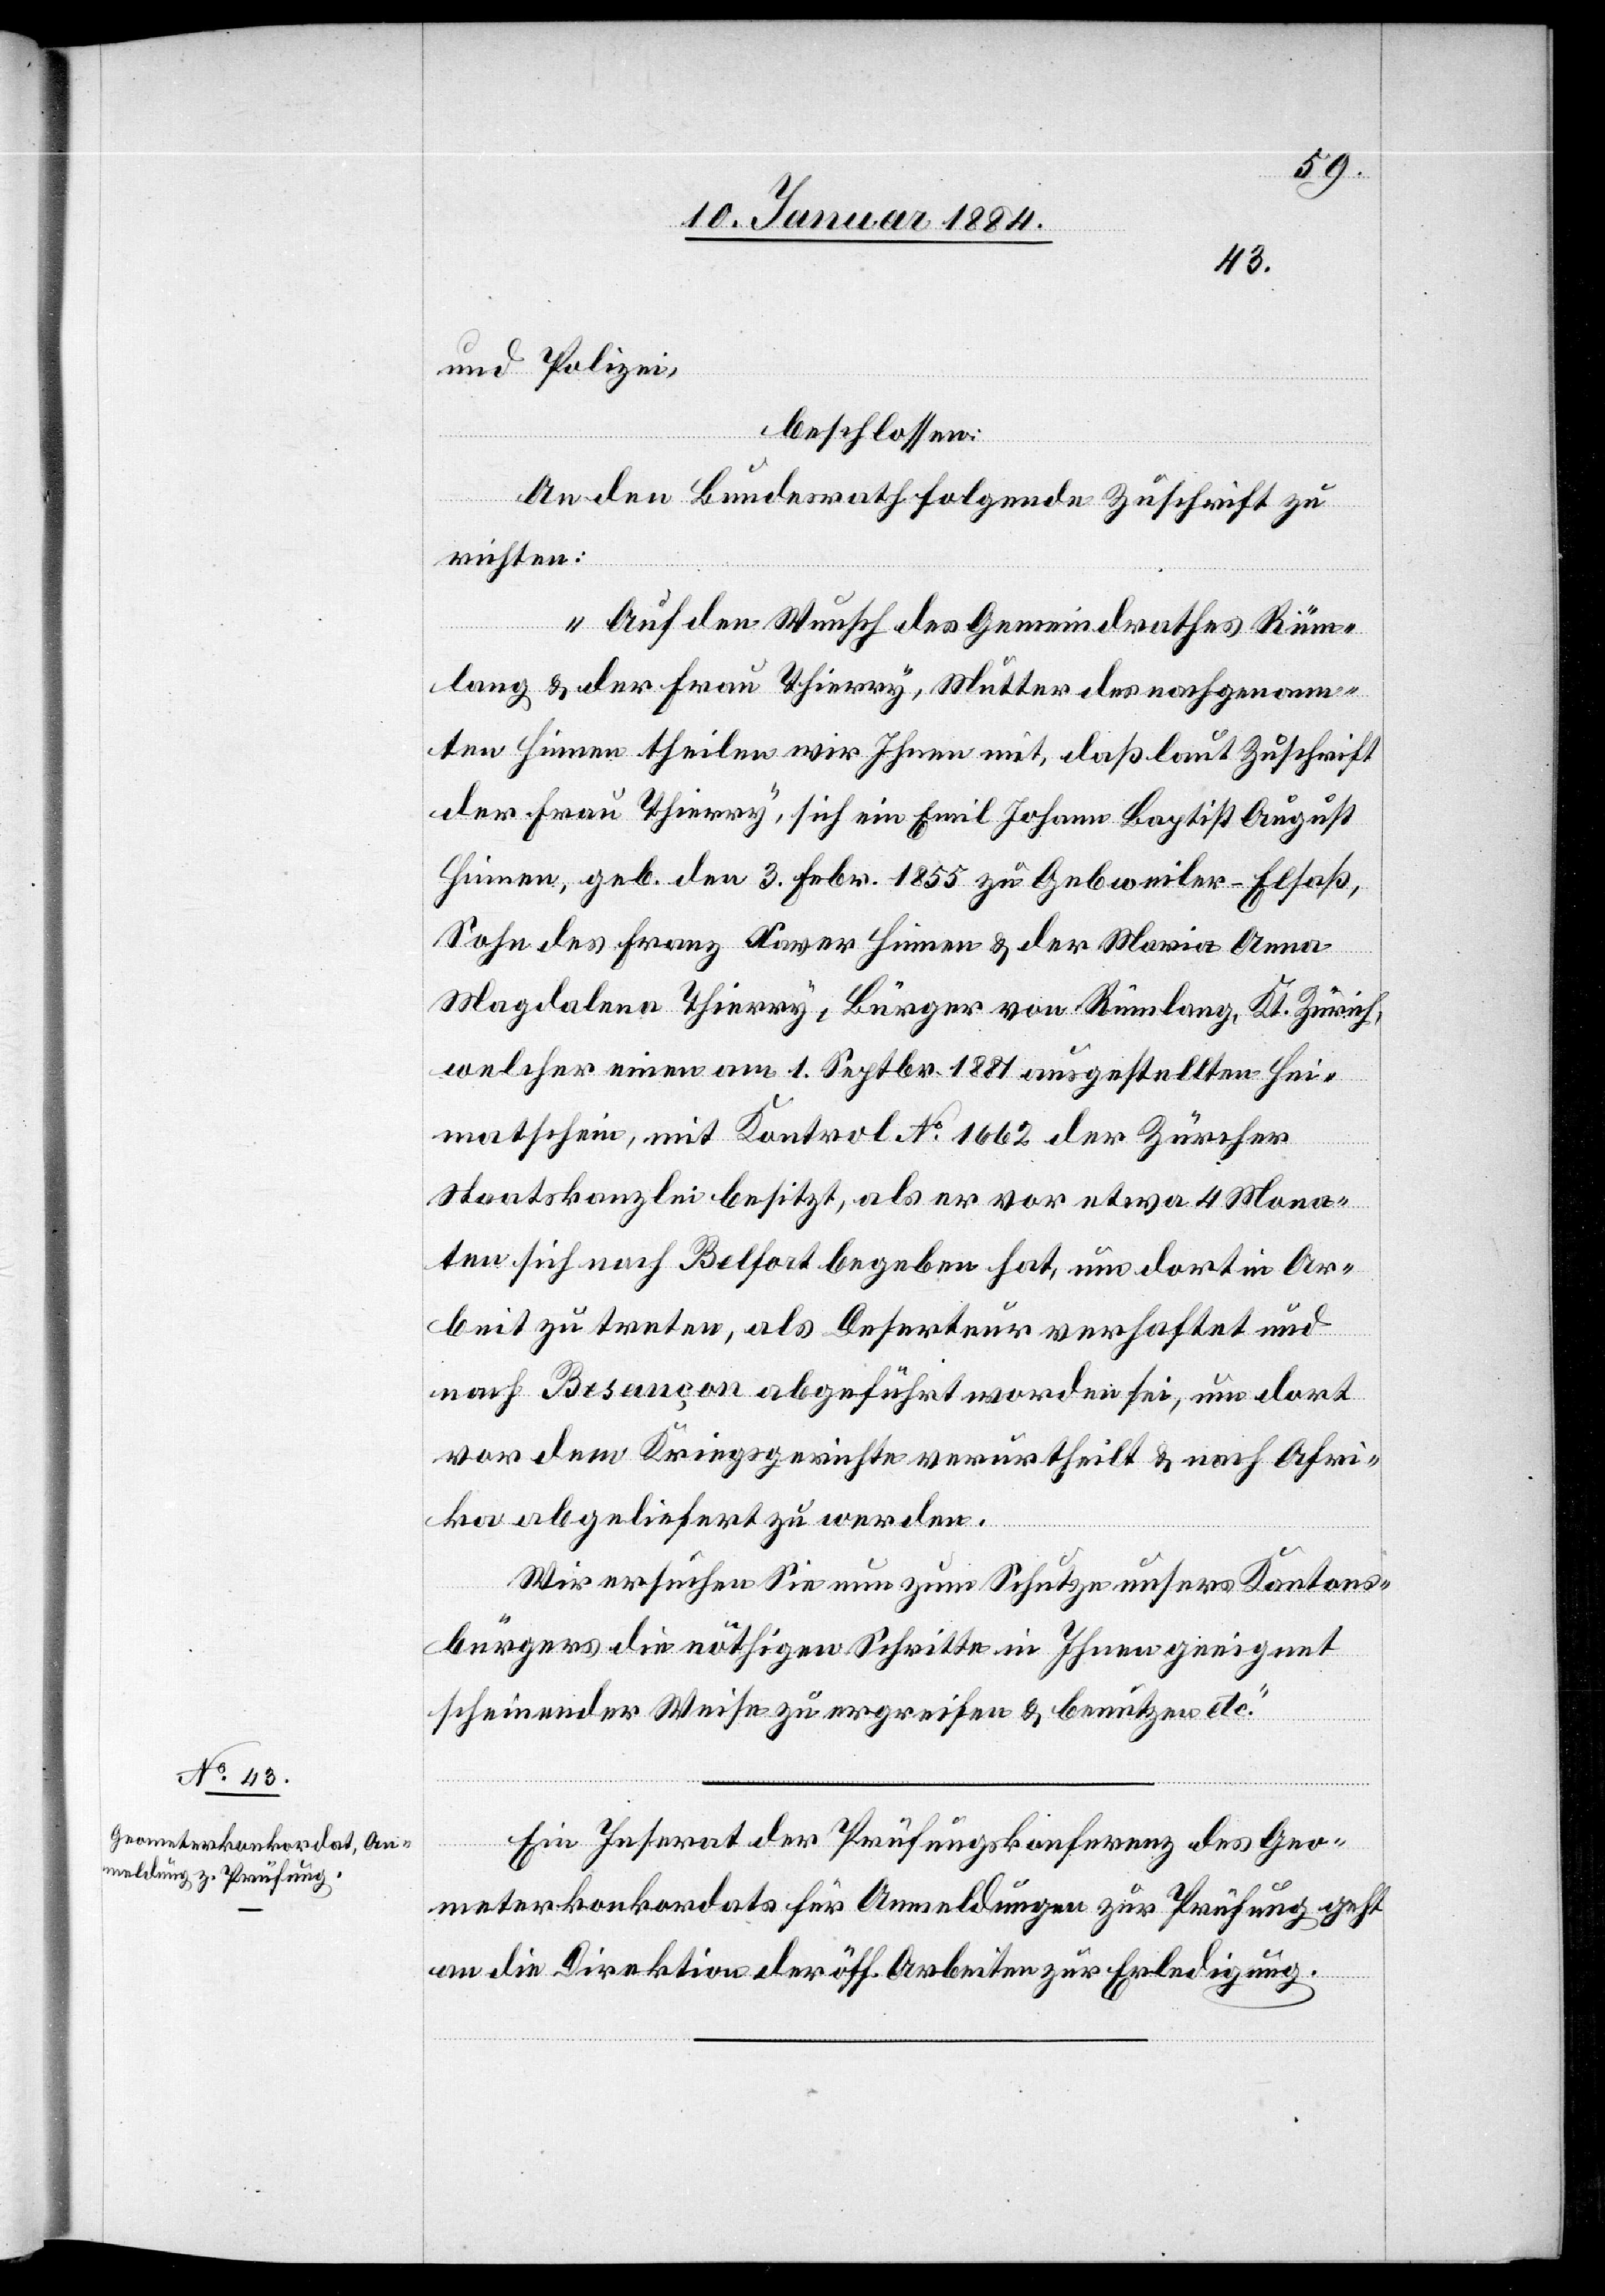
und Polizei,
beschlossen:
An den Bundesrath folgende Zuschrift zu
richten:
„Auf den Wunsch des Gemeindrathes Rüm¬
lang & der Frau Thierry, Mutter des nachgenann¬
ten Hinnen theilen wir Ihnen mit, daß laut Zuschrift
der Frau Thierry, sich ein Emil Johann Baptist August
Hinnen, geb. den 3. Febr. 1855 zu Gebweiler - Elsaß,
Sohn des Franz Xaver Hinnen & der Maria Anna
Magdalena Thierry, Bürger von Rümlang, Kt. Zürich,
welcher einen am 1. Septbr. 1881 ausgestellten Hei¬
matschein, mit Kontrole No. 1662 der Zürcher
Staatskanzlei besitzt, als er vor etwas 4 Mona¬
ten sich nach Belfort begeben hat, um dort in Ar¬
beit zu treten, als Deserteur verhaftet und
nach Besançon abgeführt worden sei, um dort
vor dem Kriegsgerichte verurtheilt & nach Afri¬
ka abgeliefert zu werden.
Wir ersuchen Sie nun zum Schutze unseres Kantons¬
bürgers die nöthigen Schritte in Ihnen geeignet
scheinender Weise zu ergreifen & benutzen etc.“
Ein Inserat der Prüfungskonferenz des Geo¬
meterkonkordates für Anmeldungen zur Prüfung geht
an die Direktion der öff. Arbeiten zur Erledigung.